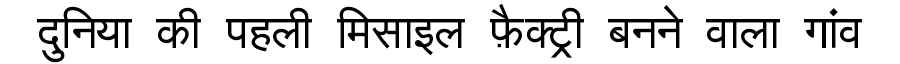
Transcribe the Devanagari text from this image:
दुनिया की पहली मिसाइल फ़ैक्ट्री बनने वाला गांव